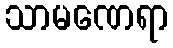
သာမဏေရာ